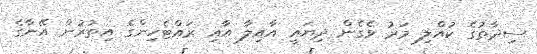
ސިދާތުގެ ކުއްލި މަރު ވެގެން ދިޔައީ އާއިލާ އާއި ރައްޓެހިންގެ އިތުރުން އޭނާގެ